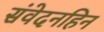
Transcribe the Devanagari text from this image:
संवेदनहिन